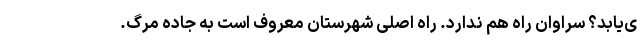
ی‌یابد؟ سراوان راه هم ندارد. راه اصلی شهرستان معروف است به جاده مرگ.